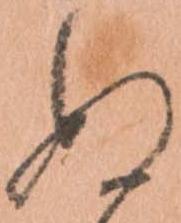
ぬ